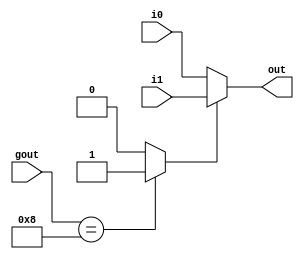
module jrcont (out, i0, i1, gout);
output [31:0] out;
input [31:0] i0,i1;
input [3:0] gout;
reg scontrol;
reg [31:0] registerfile[0:31];

always @(gout)
begin
if (gout == 4'b1000)
	scontrol = 1'b1;
else
	scontrol = 1'b0;
end
assign out = scontrol ? i1:i0;
endmodule